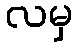
လမှ